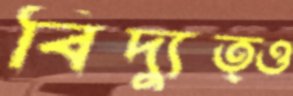
বিদ্যুত্ও